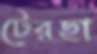
টেরছা